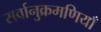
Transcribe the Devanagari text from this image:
सर्वानुक्रमणियाँ